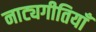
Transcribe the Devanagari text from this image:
नाट्यगीतियाँ